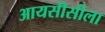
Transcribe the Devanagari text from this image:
आयसीसीला